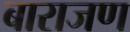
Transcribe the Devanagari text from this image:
बाराजण